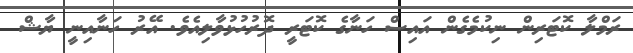
ރަމްލާ ކޮޓަރިން ނިކުމެގެން އައިސް ހަނާގެ ކޮޓަރީ ދޮރުހުޅުވާލިއެވެ. އޭރު ހަނާއިނީ ޔާޝް